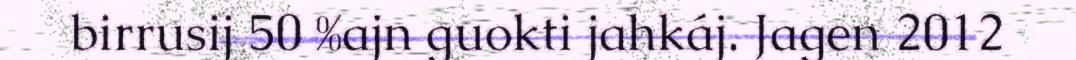
birrusij 50 %ajn guokti jahkáj. Jagen 2012